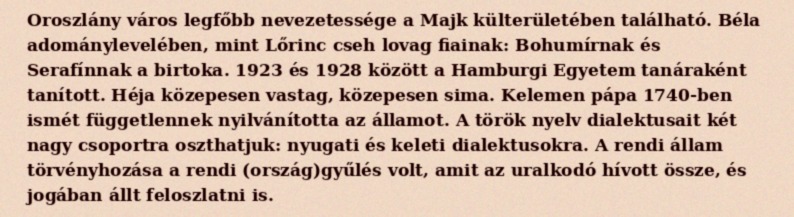
Oroszlány város legfőbb nevezetessége a Majk külterületében található. Béla adománylevelében, mint Lőrinc cseh lovag fiainak: Bohumírnak és Serafínnak a birtoka. 1923 és 1928 között a Hamburgi Egyetem tanáraként tanított. Héja közepesen vastag, közepesen sima. Kelemen pápa 1740-ben ismét függetlennek nyilvánította az államot. A török nyelv dialektusait két nagy csoportra oszthatjuk: nyugati és keleti dialektusokra. A rendi állam törvényhozása a rendi (ország)gyűlés volt, amit az uralkodó hívott össze, és jogában állt feloszlatni is.